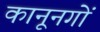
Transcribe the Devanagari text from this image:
कानूनगों